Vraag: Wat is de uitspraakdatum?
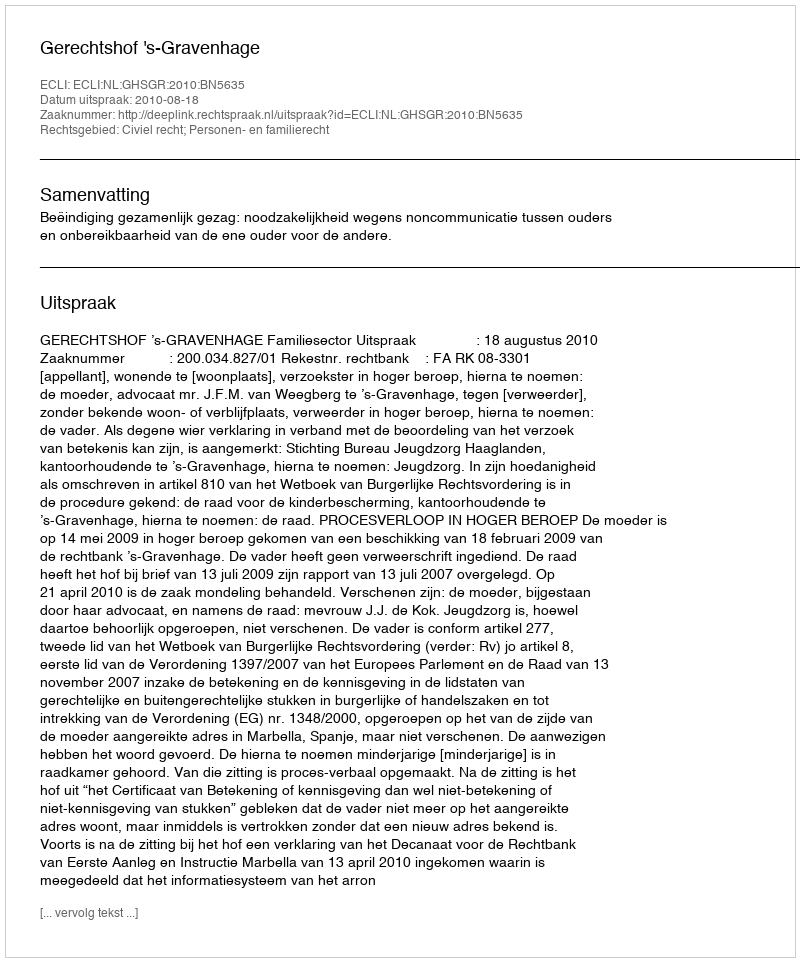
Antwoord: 2010-08-18